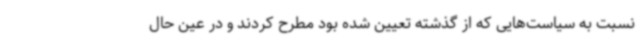
نسبت به سیاست‌هایی که از گذشته تعیین شده بود مطرح کردند و در عین حال